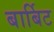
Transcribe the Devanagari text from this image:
बार्बिट